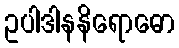
ဥပါဒါနနိရောဓော